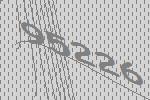
95226